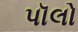
પૉલો